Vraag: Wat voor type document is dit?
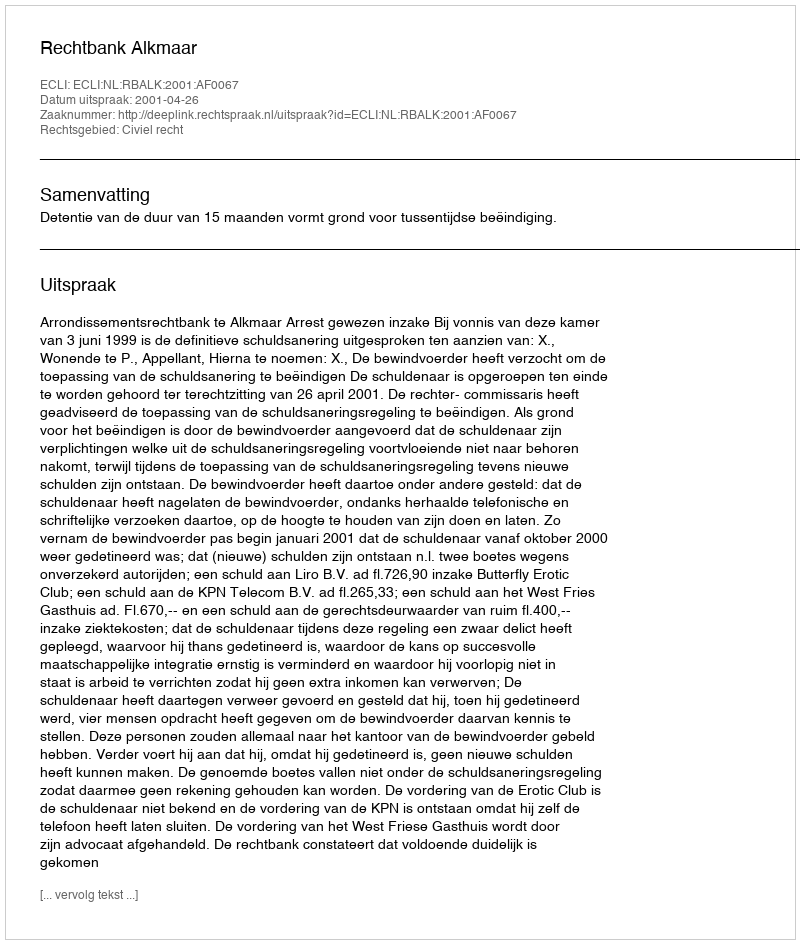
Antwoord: Uitspraak